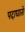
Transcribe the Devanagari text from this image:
पदाघातो